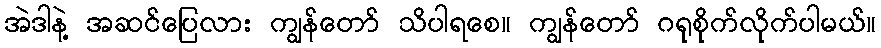
အဲဒါနဲ့ အဆင်ပြေလား ကျွန်တော် သိပါရစေ။ ကျွန်တော် ဂရုစိုက်လိုက်ပါမယ်။